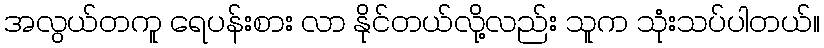
အလွယ်တကူ ရေပန်းစား လာ နိုင်တယ်လို့လည်း သူက သုံးသပ်ပါတယ်။